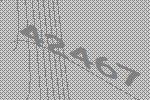
42467